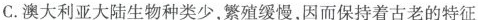
C.澳大利亚大陆生物种类少，繁殖缓慢，因而保持着古老的特征